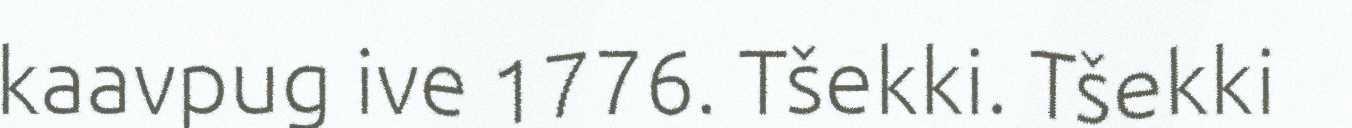
kaavpug ive 1776. Tšekki. Tšekki